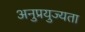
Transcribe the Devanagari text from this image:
अनुप्रयुज्यता